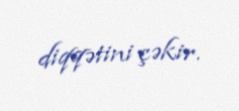
diqqətini çəkir.